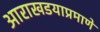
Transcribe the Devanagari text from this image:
आराखडयाप्रमाणे